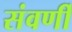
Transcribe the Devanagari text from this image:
संवर्णी